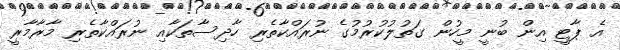
އެ ޕާޓީ އިން ބުނީ މީހުން ގަތުލުކުރުމުގެ ނުރައްކާތެރި ހާދިސާތަކާއި ނުރައްކާތެރި މާރާމާރީ